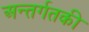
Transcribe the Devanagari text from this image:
अन्तर्गतकी